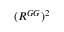
( R ^ { G G } ) ^ { 2 }